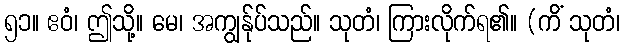
၅၁။ ဧဝံ၊ ဤသို့။ မေ၊ အကျွန်ုပ်သည်။ သုတံ၊ ကြားလိုက်ရ၏။ (ကိံ သုတံ၊